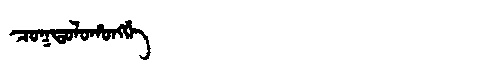
Manchu: ᠴᠣᡴᡨᠣᠯᠣᡥᠣᠩᡤᡝ
Romanization: COKTOLOHONGGE